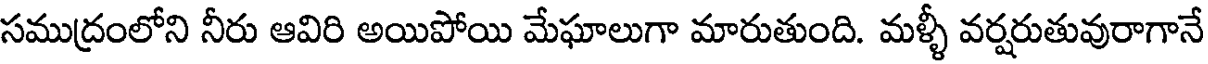
సముద్రంలోని నీరు ఆవిరి అయిపోయి మేఘాలుగా మారుతుంది. మళ్ళీ వర్షరుతువురాగానే